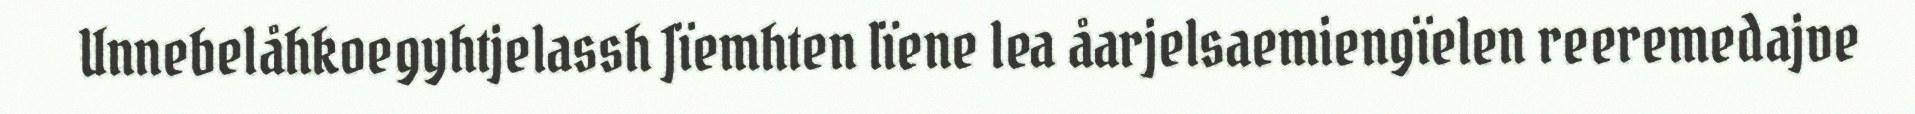
Unnebelåhkoegyhtjelassh Jïemhten lïene lea åarjelsaemiengïelen reeremedajve